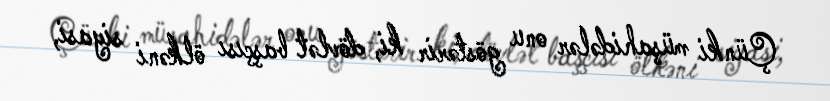
Çünki müşahidələr onu göstərir ki, dövlət başçısı ölkəni siyasi,